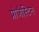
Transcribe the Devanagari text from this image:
प्रोजैस्टिन